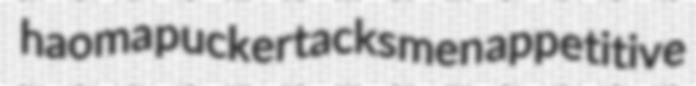
haoma pucker tacksmen appetitive